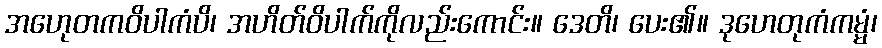
အဟေုတကဝိပါကံပိ၊ အဟိတ်ဝိပါက်ကိုလည်းကောင်း။ ဒေတိ၊ ပေး၏။ ဒုဟေတုကံကမ္မံ၊